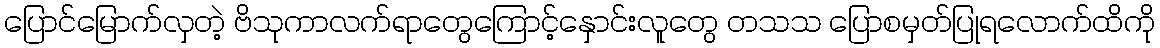
ပြောင်မြောက်လှတဲ့ ဗိသုကာလက်ရာတွေကြောင့်နှောင်းလူတွေ တသသ ပြောစမှတ်ပြုရလောက်ထိကို